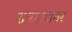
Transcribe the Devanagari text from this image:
शाखावानर